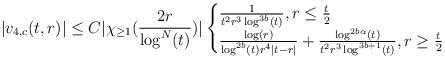
LaTeX: \begin{align*} |v_{4,c}(t,r)| \leq C |\chi_{\geq 1}(\frac{2r}{\log^{N}(t)})| \begin{cases} \frac{1}{t^{2} r^{3} \log^{3b}(t)} , r \leq \frac{t}{2}\\\frac{\log(r)}{\log^{2b}(t) r^{4}|t-r|} + \frac{\log^{2b\alpha}(t)}{t^{2}r^{3}\log^{3b+1}(t)}, r \geq \frac{t}{2}\end{cases}\end{align*}